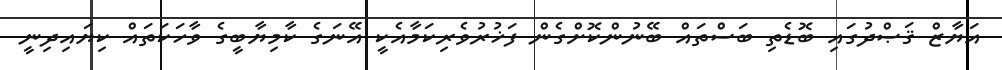
އަޔާޒް ޤަޞްދުގައި ބޮޑެތި ބަސްތައް ބޭނުންކޮށްގެން ފަޚުރުވެރިކަމާއެކީ އޭނަގެ ކާމިޔާބީގެ ވާހަކަތައް ކިޔައިދިނީ